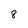
Character: 8